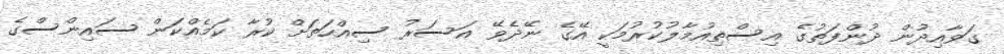
ގަވާއިދުން ދުންފަތުގެ އިސްތިއުމާލުކުރުމަކީ އޭގެ ނޭދެވޭ އަސަރު ސިއްހަތަށް ކުރާ ކަމެއްކަން ސައިންސްގެ